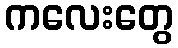
ကလေးတွေ